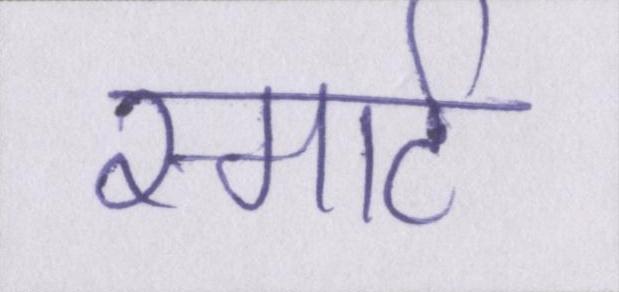
स्मार्ट